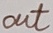
Text: out